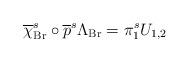
LaTeX: \begin{align*}\overline{\chi }_{\mathrm{Br}}^{s}\circ \overline{p}^{s}\Lambda _{\mathrm{Br}}=\pi _{1}^{s}U_{1,2} \end{align*}